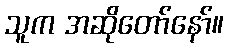
သူက အဆိုတော်နော်။